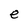
Character: e